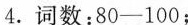
4.词数:80—100;